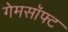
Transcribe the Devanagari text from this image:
गेमसॉफ्ट